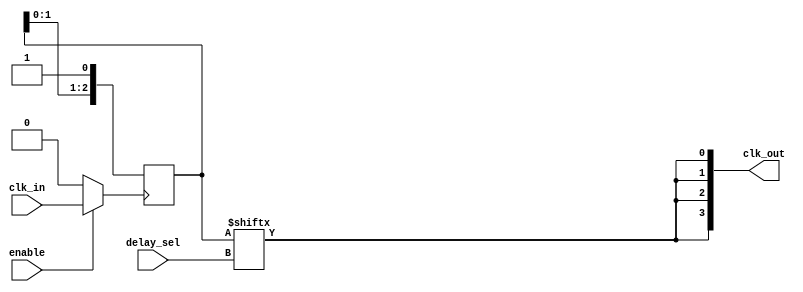
module ClockTreeBuffer #(
    parameter NUM_OUTPUTS = 4,      // Number of output clocks
    parameter DELAY_BITS = 3,        // Number of bits for programmable delay
    parameter DRIVE_STRENGTH = 2      // Drive strength level (1-4)
)(
    input wire clk_in,                // Input clock signal
    input wire enable,                // Enable signal for clock gating
    input wire [DELAY_BITS-1:0] delay_sel, // Delay selection for programmable delay
    output wire [NUM_OUTPUTS-1:0] clk_out // Output clock signals
);

    // Internal wires for delayed clock
    wire clk_delayed;

    // Clock gating logic
    wire gated_clk;
    assign gated_clk = enable ? clk_in : 1'b0;

    // Programmable delay logic (simple delay line example)
    generate
        if (DELAY_BITS > 0) begin : delay_line
            reg [DELAY_BITS-1:0] delay_reg;
            always @(posedge gated_clk) begin
                delay_reg <= {delay_reg[DELAY_BITS-2:0], 1'b1}; // Shift register for delay
            end
            assign clk_delayed = delay_reg[delay_sel]; // Select delayed clock
        end else begin
            assign clk_delayed = gated_clk; // No delay if DELAY_BITS is 0
        end
    endgenerate

    // Output buffer logic
    genvar i;
    generate
        for (i = 0; i < NUM_OUTPUTS; i = i + 1) begin : output_buffer
            // Assuming a simple buffer model; adjust drive strength as necessary
            assign clk_out[i] = (DRIVE_STRENGTH == 1) ? clk_delayed : 
                                (DRIVE_STRENGTH == 2) ? clk_delayed :
                                (DRIVE_STRENGTH == 3) ? clk_delayed :
                                (DRIVE_STRENGTH == 4) ? clk_delayed : clk_delayed; // Placeholder for different drive strengths
        end
    endgenerate

endmodule